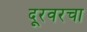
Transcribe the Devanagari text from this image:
दूरवरचा